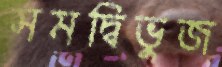
সমদ্বিভুজ